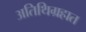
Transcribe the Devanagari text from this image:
अतिथिग्रहात